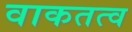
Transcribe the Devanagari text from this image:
वाकतत्व